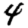
Digit: 4